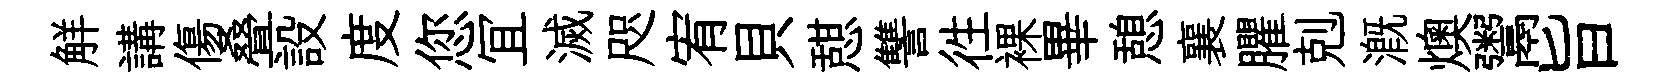
觧講傷叠設度您冝滅咫宥貝憇讐徃裸畢憩襄臞剋溉燠鬻旨